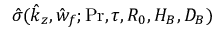
\hat { \sigma } ( \hat { k } _ { z } , \hat { w } _ { f } ; \ensuremath { \mathrm { P r } } , \tau , R _ { 0 } , H _ { B } , D _ { B } )